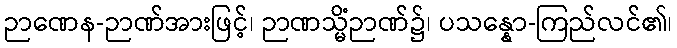
ဉာဏေန-ဉာဏ်အားဖြင့်၊ ဉာဏသ္မိံဉာဏ်၌၊ ပသန္နော-ကြည်လင်၏၊